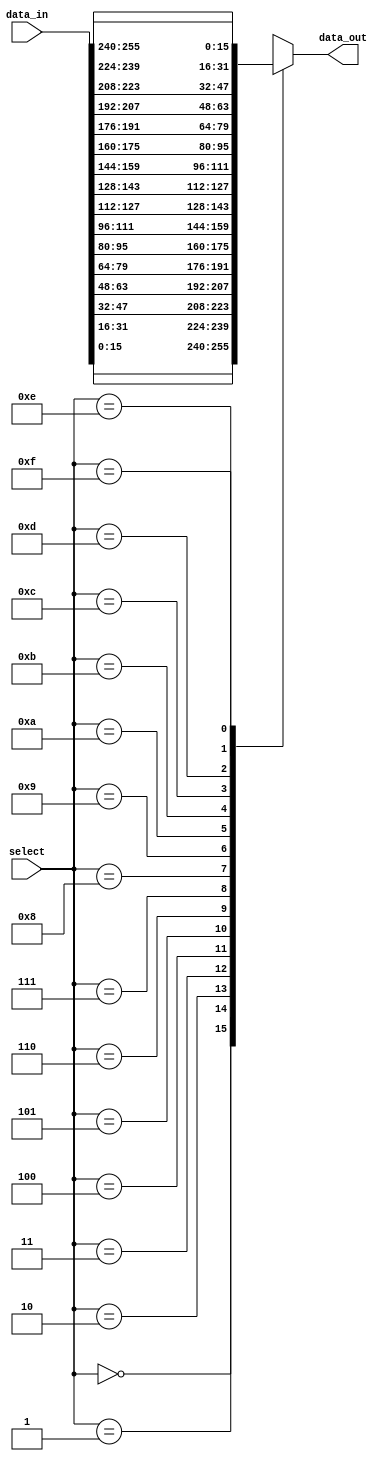
`timescale 1ns / 1ps
//////////////////////////////////////////////////////////////////////////////////
// Company: 
// 
// Design Name: 
// Module Name:    reg_mux 
// Project Name: 
// Target Devices: 
// Tool versions: 
// Description: 
//
// Dependencies: 
//
// Revision: 
// Revision 0.01 - File Created
// Additional Comments: 
//
//////////////////////////////////////////////////////////////////////////////////
module reg_mux #(
    parameter WIDTH = 16,
    parameter NUM_REGS = 16
  ) (
    input [(WIDTH*NUM_REGS)-1:0] data_in,
    input [$clog2(NUM_REGS)-1:0] select,
    output [WIDTH-1:0] data_out
    );

  wire [WIDTH-1:0] data_in_array [NUM_REGS-1:0];

  genvar i;
  generate
    for (i=0;i<NUM_REGS;i=i+1) begin: data_in_reg
      assign data_in_array[i] = data_in[(i*WIDTH)+:WIDTH];
    end
  endgenerate

  assign data_out = data_in_array[select];

endmodule